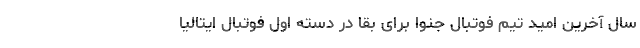
سال آخرین امید تیم فوتبال جنوا برای بقا در دسته اول فوتبال ایتالیا